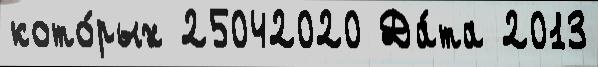
кото́рых 25042020 Да́та 2013